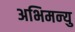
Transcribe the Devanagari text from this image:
अभिमन्‍यु